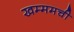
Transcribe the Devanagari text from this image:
खम्ममची